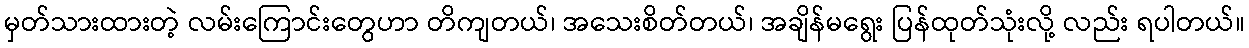
မှတ်သားထားတဲ့ လမ်းကြောင်းတွေဟာ တိကျတယ်၊ အသေးစိတ်တယ်၊ အချိန်မရွေး ပြန်ထုတ်သုံးလို့ လည်း ရပါတယ်။